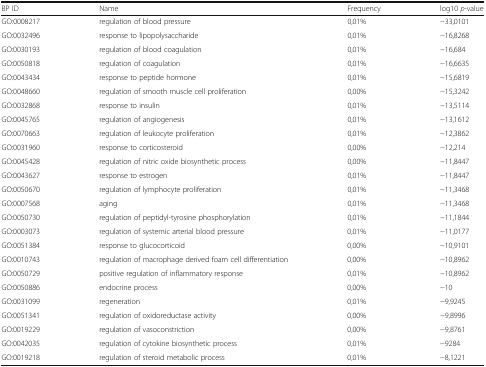
<table><thead><tr><td><b>BP ID</b></td><td><b>Name</b></td><td><b>Frequency</b></td><td><b>log10 <i>p</i>-value</b></td></tr></thead><tbody><tr><td>GO:0008217</td><td>regulation of blood pressure</td><td>0,01%</td><td>−33,0101</td></tr><tr><td>GO:0032496</td><td>response to lipopolysaccharide</td><td>0,01%</td><td>−16,8268</td></tr><tr><td>GO:0030193</td><td>regulation of blood coagulation</td><td>0,01%</td><td>−16,684</td></tr><tr><td>GO:0050818</td><td>regulation of coagulation</td><td>0,01%</td><td>−16,6635</td></tr><tr><td>GO:0043434</td><td>response to peptide hormone</td><td>0,01%</td><td>−15,6819</td></tr><tr><td>GO:0048660</td><td>regulation of smooth muscle cell proliferation</td><td>0,00%</td><td>−15,3242</td></tr><tr><td>GO:0032868</td><td>response to insulin</td><td>0,01%</td><td>−13,5114</td></tr><tr><td>GO:0045765</td><td>regulation of angiogenesis</td><td>0,01%</td><td>−13,1612</td></tr><tr><td>GO:0070663</td><td>regulation of leukocyte proliferation</td><td>0,01%</td><td>−12,3862</td></tr><tr><td>GO:0031960</td><td>response to corticosteroid</td><td>0,00%</td><td>−12,214</td></tr><tr><td>GO:0045428</td><td>regulation of nitric oxide biosynthetic process</td><td>0,00%</td><td>−11,8447</td></tr><tr><td>GO:0043627</td><td>response to estrogen</td><td>0,01%</td><td>−11,8447</td></tr><tr><td>GO:0050670</td><td>regulation of lymphocyte proliferation</td><td>0,01%</td><td>−11,3468</td></tr><tr><td>GO:0007568</td><td>aging</td><td>0,01%</td><td>−11,3468</td></tr><tr><td>GO:0050730</td><td>regulation of peptidyl-tyrosine phosphorylation</td><td>0,01%</td><td>−11,1844</td></tr><tr><td>GO:0003073</td><td>regulation of systemic arterial blood pressure</td><td>0,01%</td><td>−11,0177</td></tr><tr><td>GO:0051384</td><td>response to glucocorticoid</td><td>0,00%</td><td>−10,9101</td></tr><tr><td>GO:0010743</td><td>regulation of macrophage derived foam cell differentiation</td><td>0,00%</td><td>−10,8962</td></tr><tr><td>GO:0050729</td><td>positive regulation of inflammatory response</td><td>0,01%</td><td>−10,8962</td></tr><tr><td>GO:0050886</td><td>endocrine process</td><td>0,00%</td><td>−10</td></tr><tr><td>GO:0031099</td><td>regeneration</td><td>0,01%</td><td>−9,9245</td></tr><tr><td>GO:0051341</td><td>regulation of oxidoreductase activity</td><td>0,00%</td><td>−9,8996</td></tr><tr><td>GO:0019229</td><td>regulation of vasoconstriction</td><td>0,00%</td><td>−9,8761</td></tr><tr><td>GO:0042035</td><td>regulation of cytokine biosynthetic process</td><td>0,01%</td><td>−9284</td></tr><tr><td>GO:0019218</td><td>regulation of steroid metabolic process</td><td>0,01%</td><td>−8,1221</td></tr></tbody></table>